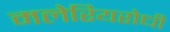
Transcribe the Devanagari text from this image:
मलेरियरोधी